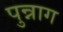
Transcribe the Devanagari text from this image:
पुन्नाग